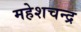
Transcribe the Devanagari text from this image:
महेशचन्द्र